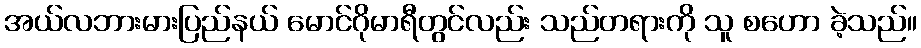
အယ်လဘားမားပြည်နယ် မောင်ဂိုမာရီတွင်လည်း သည်တရားကို သူ စဟော ခဲ့သည်။